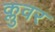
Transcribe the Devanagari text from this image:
क्लुवर